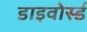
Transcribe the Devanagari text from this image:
डाइवोर्स्ड